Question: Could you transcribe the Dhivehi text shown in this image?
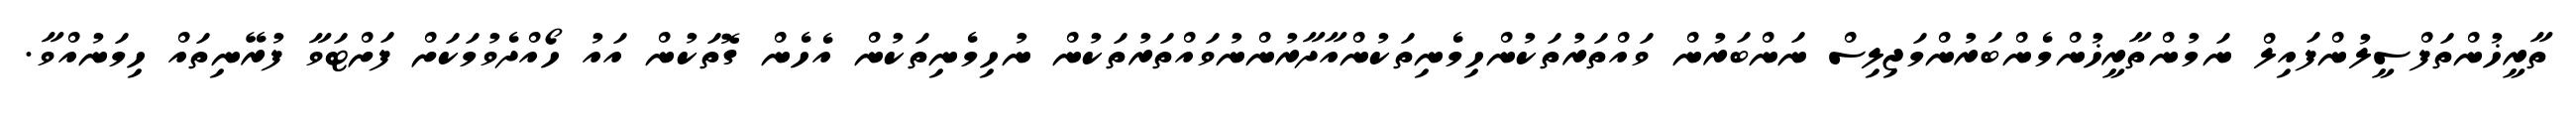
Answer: ތާރީޚުންތަފްސީލުންފައިލް ނަމުންތާރީޚުންމެންބަރުންމަޖިލިސް ނަންބަރުން ވައްތަރުތަކުންހިމެނިތަކުންއާދާރުންނުވައްތަރުތަކުން ނުހިމެނިތަކުން އެހެން ގޮތަކުން އައު ހޯއްދެވުމަކަށް ފަށްޓަވާ ފުރޭނިތައް ހިމަނުއްވާ.